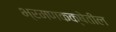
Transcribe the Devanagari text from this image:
भ्रमणकक्षेतील